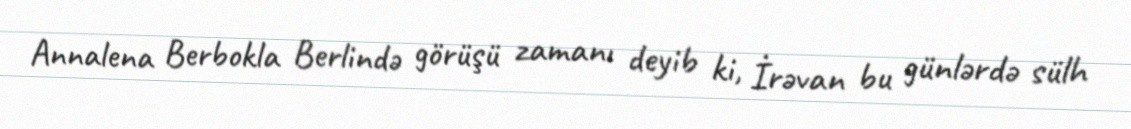
Annalena Berbokla Berlində görüşü zamanı deyib ki, İrəvan bu günlərdə sülh